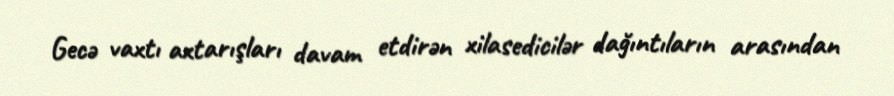
Gecə vaxtı axtarışları davam etdirən xilasedicilər dağıntıların arasından